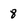
Character: 8